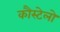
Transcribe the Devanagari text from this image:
कौस्टेलो